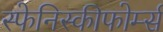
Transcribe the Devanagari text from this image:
स्फेनिस्कीफोर्म्स